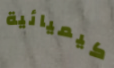
كيميائية